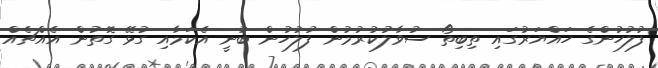
ފުލުހުންގެ ހައްޔަރުގައި ތިބިތޯ ސުވާލުކުރުމުން ފުލުހުން ބުނީ އެކަމާއި ގުޅޭ ގޮތުން އެއްޗެއް